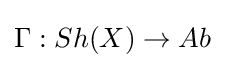
\Gamma :Sh(X)\to Ab